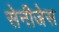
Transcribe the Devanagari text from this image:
सेनीजेस